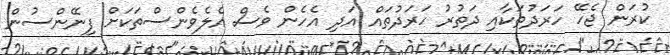
ކުރަން ޖެހޭ ހަރަދުތަކާއި ދަތުރު ހަރަދުތައް އަދި އެހެން ވެސް އެލެވެންސްތަކަށް ފިނޭންސުން